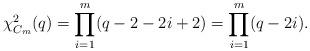
LaTeX: \begin{align*}\chi^2_{C_m}(q)&=\prod_{i = 1}^{m}(q-2-2i+2)=\prod_{i = 1}^{m}(q-2i).\end{align*}